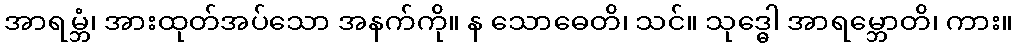
အာရမ္ဘံ၊ အားထုတ်အပ်သော အနက်ကို။ န သောဓေတိ၊ သင်။ သုဒ္ဓေါ အာရမ္ဘောတိ၊ ကား။